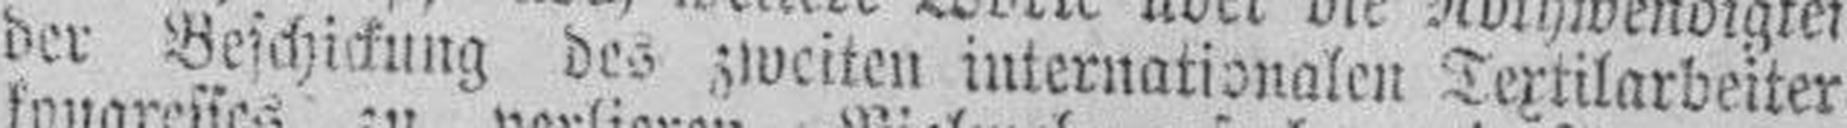
der Beschickung des zweiten internationalen Textilarbeiter¬